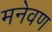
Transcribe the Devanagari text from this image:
मनेवण